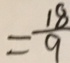
= \frac { 1 8 } { 9 }